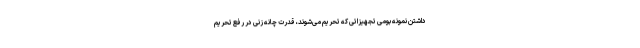
داشتن نمونه بومی تجهیزاتی که تحریم می‌شوند، قدرت چانه زنی در رفع تحریم